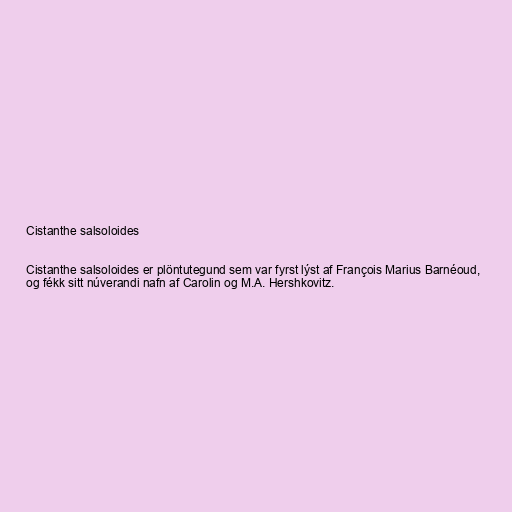
Cistanthe salsoloides

Cistanthe salsoloides er plöntutegund sem var fyrst lýst af François Marius Barnéoud,
og fékk sitt núverandi nafn af Carolin og M.A. Hershkovitz.